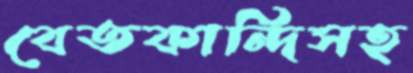
বেতকান্দিসহ